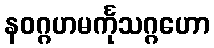
နဝဂ္ဂဟမင်္ကုသဂ္ဂဟော